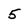
Character: 5